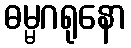
ဓမ္မဂရုနော